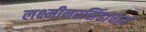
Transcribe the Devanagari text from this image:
लक्ष्मीनरसिंहाचार्य